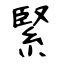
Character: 緊